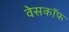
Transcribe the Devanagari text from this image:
वेसकॉफ